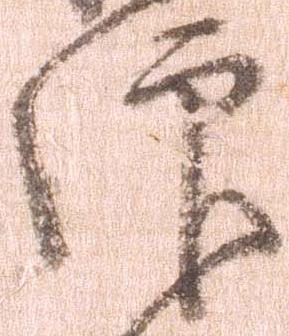
仰